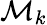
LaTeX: \mathcal{M}_{k}